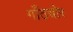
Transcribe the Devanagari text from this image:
गाँठचोर